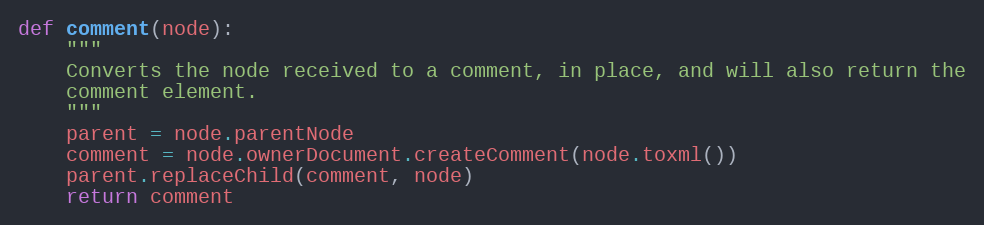
Language: Python
def comment(node):
    """
    Converts the node received to a comment, in place, and will also return the
    comment element.
    """
    parent = node.parentNode
    comment = node.ownerDocument.createComment(node.toxml())
    parent.replaceChild(comment, node)
    return comment